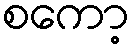
စကော့